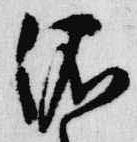
依